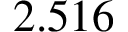
2 . 5 1 6